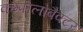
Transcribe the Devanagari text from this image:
कम्पीलोबैक्टर